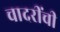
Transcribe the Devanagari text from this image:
चादरींची